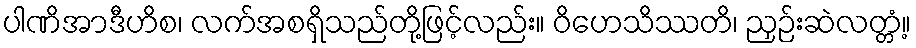
ပါဏိအာဒီဟိစ၊ လက်အစရှိသည်တို့ဖြင့်လည်း။ ဝိဟေသိဿတိ၊ ညှဉ်းဆဲလတ္တံ့။